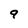
Character: 9